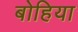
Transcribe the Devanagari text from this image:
बोहिया